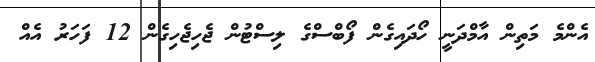
އެންމެ މަތިން އާމްދަނީ ހޯދައިގެން ފޯބްސްގެ ލިސްޓުން ޖެހިޖެހިގެން 12 ފަހަރު އެއް